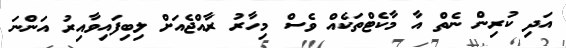
އަދި ކުރިން ނެތް އާ މާކެޓްތަކެއް ވެސް މިހާރު ރާއްޖެއަށް ލިބިފައިވާއިރު އަންނަ